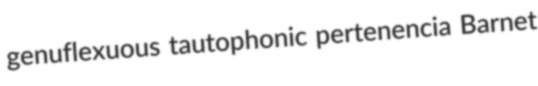
genuflexuous tautophonic pertenencia Barnet